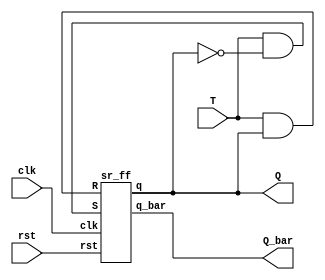
module t_using_sr(clk,rst,T,Q,Q_bar);
input clk,rst,T;
output Q,Q_bar;
wire w1,w2;

assign w1 = T & ~Q;
assign w2 = T & Q;

sr_ff SRF(clk,rst,w1,w2,Q,Q_bar);

endmodule

module sr_ff(clk,rst,S,R, q,q_bar);
input clk,rst,S,R;
output reg q;
output q_bar;

always@(posedge clk)
begin
if(!rst) begin
  case({S,R})
    2'b00: q <= q;
  2'b01: q <= 1'b0;
  2'b10: q <= 1'b1;
  2'b11: q <= 1'bx;
  endcase
end
else
q <= 1'b0;
end

assign q_bar = ~q;
endmodule